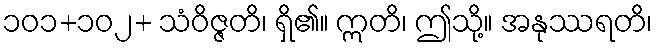
၁၀၁+၁၀၂+ သံဝိဇ္ဇတိ၊ ရှိ၏။ ဣတိ၊ ဤသို့။ အနုဿရတိ၊